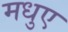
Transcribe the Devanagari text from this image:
मधुए